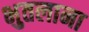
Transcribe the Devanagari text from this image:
भुतलाना